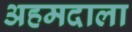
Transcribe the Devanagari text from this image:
अहमदाला